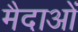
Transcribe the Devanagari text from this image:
मैदाओं